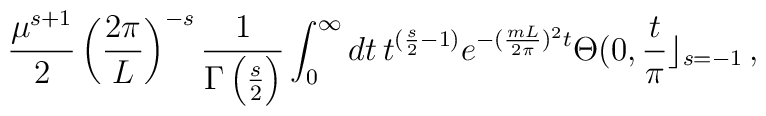
\frac{\mu^{s+1}}{2} \left(\frac{2\pi}{L}\right)^{-s}\frac{1}{\Gamma\left(\frac{s}{2}\right)}\int_{0}^{\infty}dt\,t^{(\frac{s}{2}-1)}e^{-(\frac{mL}{2\pi})^2t}\Theta(0,\frac{t}{\pi}\rfloor_{s=-1}\,,